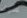
سوف